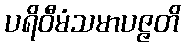
ပရိဝီမံသမာပဇ္ဇတိ